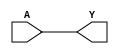
module BUFX2(A, Y);
input A;
output Y;
buf(Y, A);
endmodule